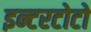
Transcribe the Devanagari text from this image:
इन्टरटोटो